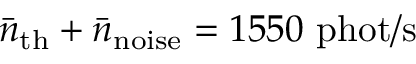
\bar { n } _ { \mathrm { t h } } + \bar { n } _ { \mathrm { n o i s e } } = 1 5 5 0 \ \mathrm { p h o t / s }